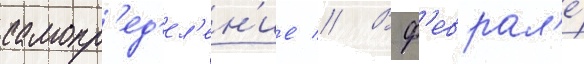
самопр'ед'ел'ен'ие // В ф'еврал'е́